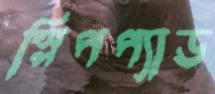
স্লিপপ্যাড